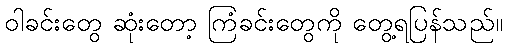
ဝါခင်းတွေ ဆုံးတော့ ကြံခင်းတွေကို တွေ့ရပြန်သည်။